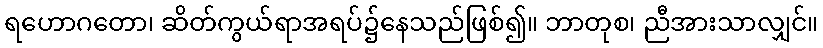
ရဟောဂတော၊ ဆိတ်ကွယ်ရာအရပ်၌နေသည်ဖြစ်၍။ ဘာတုစ၊ ညီအားသာလျှင်။